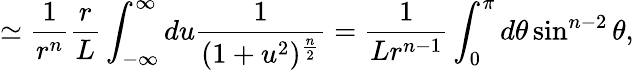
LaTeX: \simeq{\frac{1}{r^{n}}}{\frac{r}{L}}\int_{-\infty}^{\infty}du{\frac{1}{(1+u^{2})^{\frac{n}{2}}}}={\frac{1}{Lr^{n-1}}}\int_{0}^{\pi}d\theta\sin^{n-2}\theta,